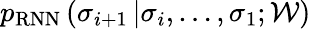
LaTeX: p_{\mathrm{RNN}}\left(\sigma_{i+1}\left|\sigma_{i},\dots,\sigma_{1};\mathcal{W}\right.\right)